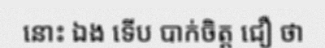
នោះ ឯង ទើប បាក់ចិត្ត ជឿ ថា